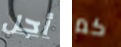
أجل كم